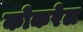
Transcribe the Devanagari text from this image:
कोकरेल